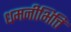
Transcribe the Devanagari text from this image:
धमनीभित्ति